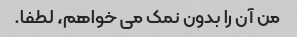
من آن را بدون نمک می خواهم، لطفا.